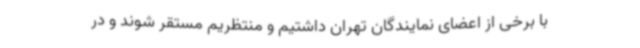
با برخی از اعضای نمایندگان تهران داشتیم و منتظریم مستقر شوند و در